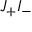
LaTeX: J _ { + } I _ { - }